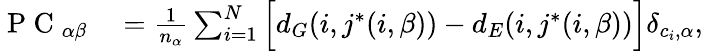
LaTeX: \begin{array}{rl}{\mathrm{~P~C~}_{\alpha\beta}}&{{}=\frac{1}{n_{\alpha}}\sum_{i=1}^{N}\Big[d_{G}(i,j^{\ast}(i,\beta))-d_{E}(i,j^{\ast}(i,\beta))\Big]\delta_{c_{i},\alpha},}\end{array}